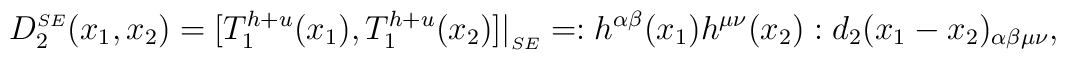
D_{2}^{\scriptscriptstyle SE}(x_{1},x_{2})=\bigl[ T_{1}^{h+u}(x_{1}), T_{1}^{h+u}(x_{2})\bigr]\bigr|_{\scriptscriptstyle SE}=:h^{\alpha\beta}(x_{1})h^{\mu\nu}(x_{2}):d_{2}(x_{1}-x_{2})_{\alpha\beta\mu\nu},